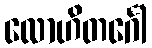
လောဟိတင်္ဂေါ